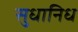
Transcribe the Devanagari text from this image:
सुधानिध